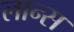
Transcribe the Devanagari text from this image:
लान्‍स